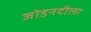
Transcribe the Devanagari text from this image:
जोडनदीला